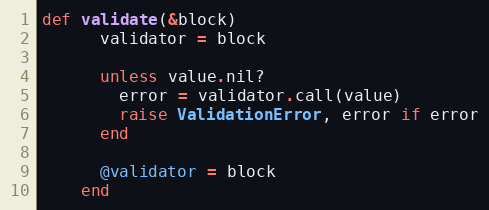
Language: Ruby
def validate(&block)
      validator = block

      unless value.nil?
        error = validator.call(value)
        raise ValidationError, error if error
      end

      @validator = block
    end